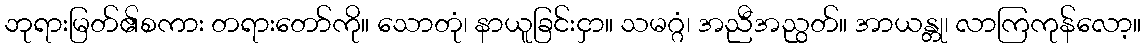
ဘုရားမြတ်၏စကား တရားတော်ကို။ သောတုံ၊ နာယူခြင်းငှာ။ သမဂ္ဂံ၊ အညီအညွတ်။ အာယန္တု၊ လာကြကုန်လော့။